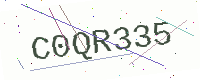
Text: C0QR335